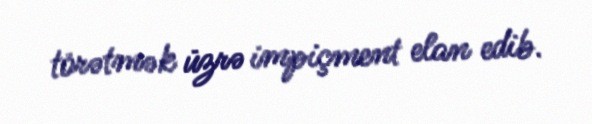
törətmək üzrə impiçment elan edib.